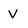
Character: V